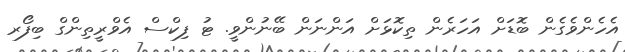
އެހެންވެގެން ބޮޑަށް އަހަރެން ތިކޮޅަށް އަންނަން ބޭނުންވީ. ޓު ފިކްސް އެވްރީތިންގް ބިފޯރ